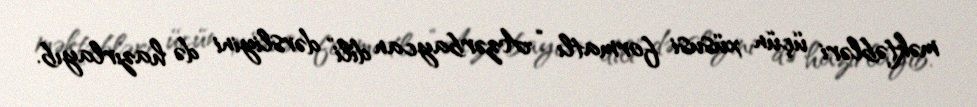
məktəbləri üçün xüsusi formatlı “Azərbaycan dili” dərsliyini də hazırlayıb.